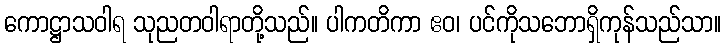
ကောဋ္ဌာသဝါရ သုညတဝါရာတို့သည်။ ပါကတိကာ ဧဝ၊ ပင်ကိုသဘောရှိကုန်သည်သာ။